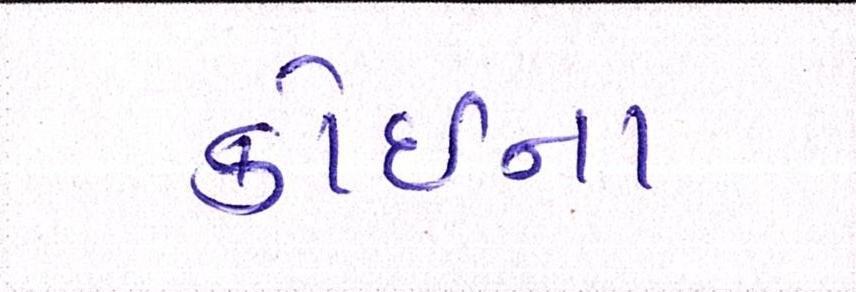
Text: કોઇના